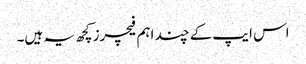
اس ایپ کے چند اہم فیچرز کچھ یہ ہیں۔